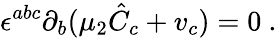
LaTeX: \epsilon^{abc}\partial_{b}(\mu_{2}{\hat{C}}_{c}+v_{c})=0\ .